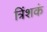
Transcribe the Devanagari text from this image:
त्रिंशकं